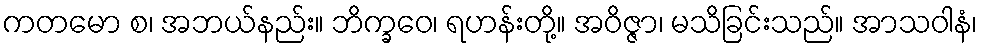
ကတမော စ၊ အဘယ်နည်း။ ဘိက္ခဝေ၊ ရဟန်းတို့။ အဝိဇ္ဇာ၊ မသိခြင်းသည်။ အာသဝါနံ၊